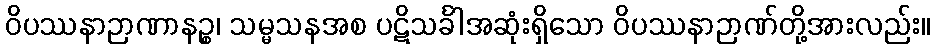
ဝိပဿနာဉာဏာနဉ္စ၊ သမ္မသနအစ ပဋိသင်္ခါအဆုံးရှိသော ဝိပဿနာဉာဏ်တို့အားလည်း။